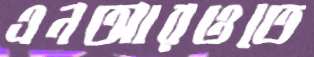
এনআরওতে